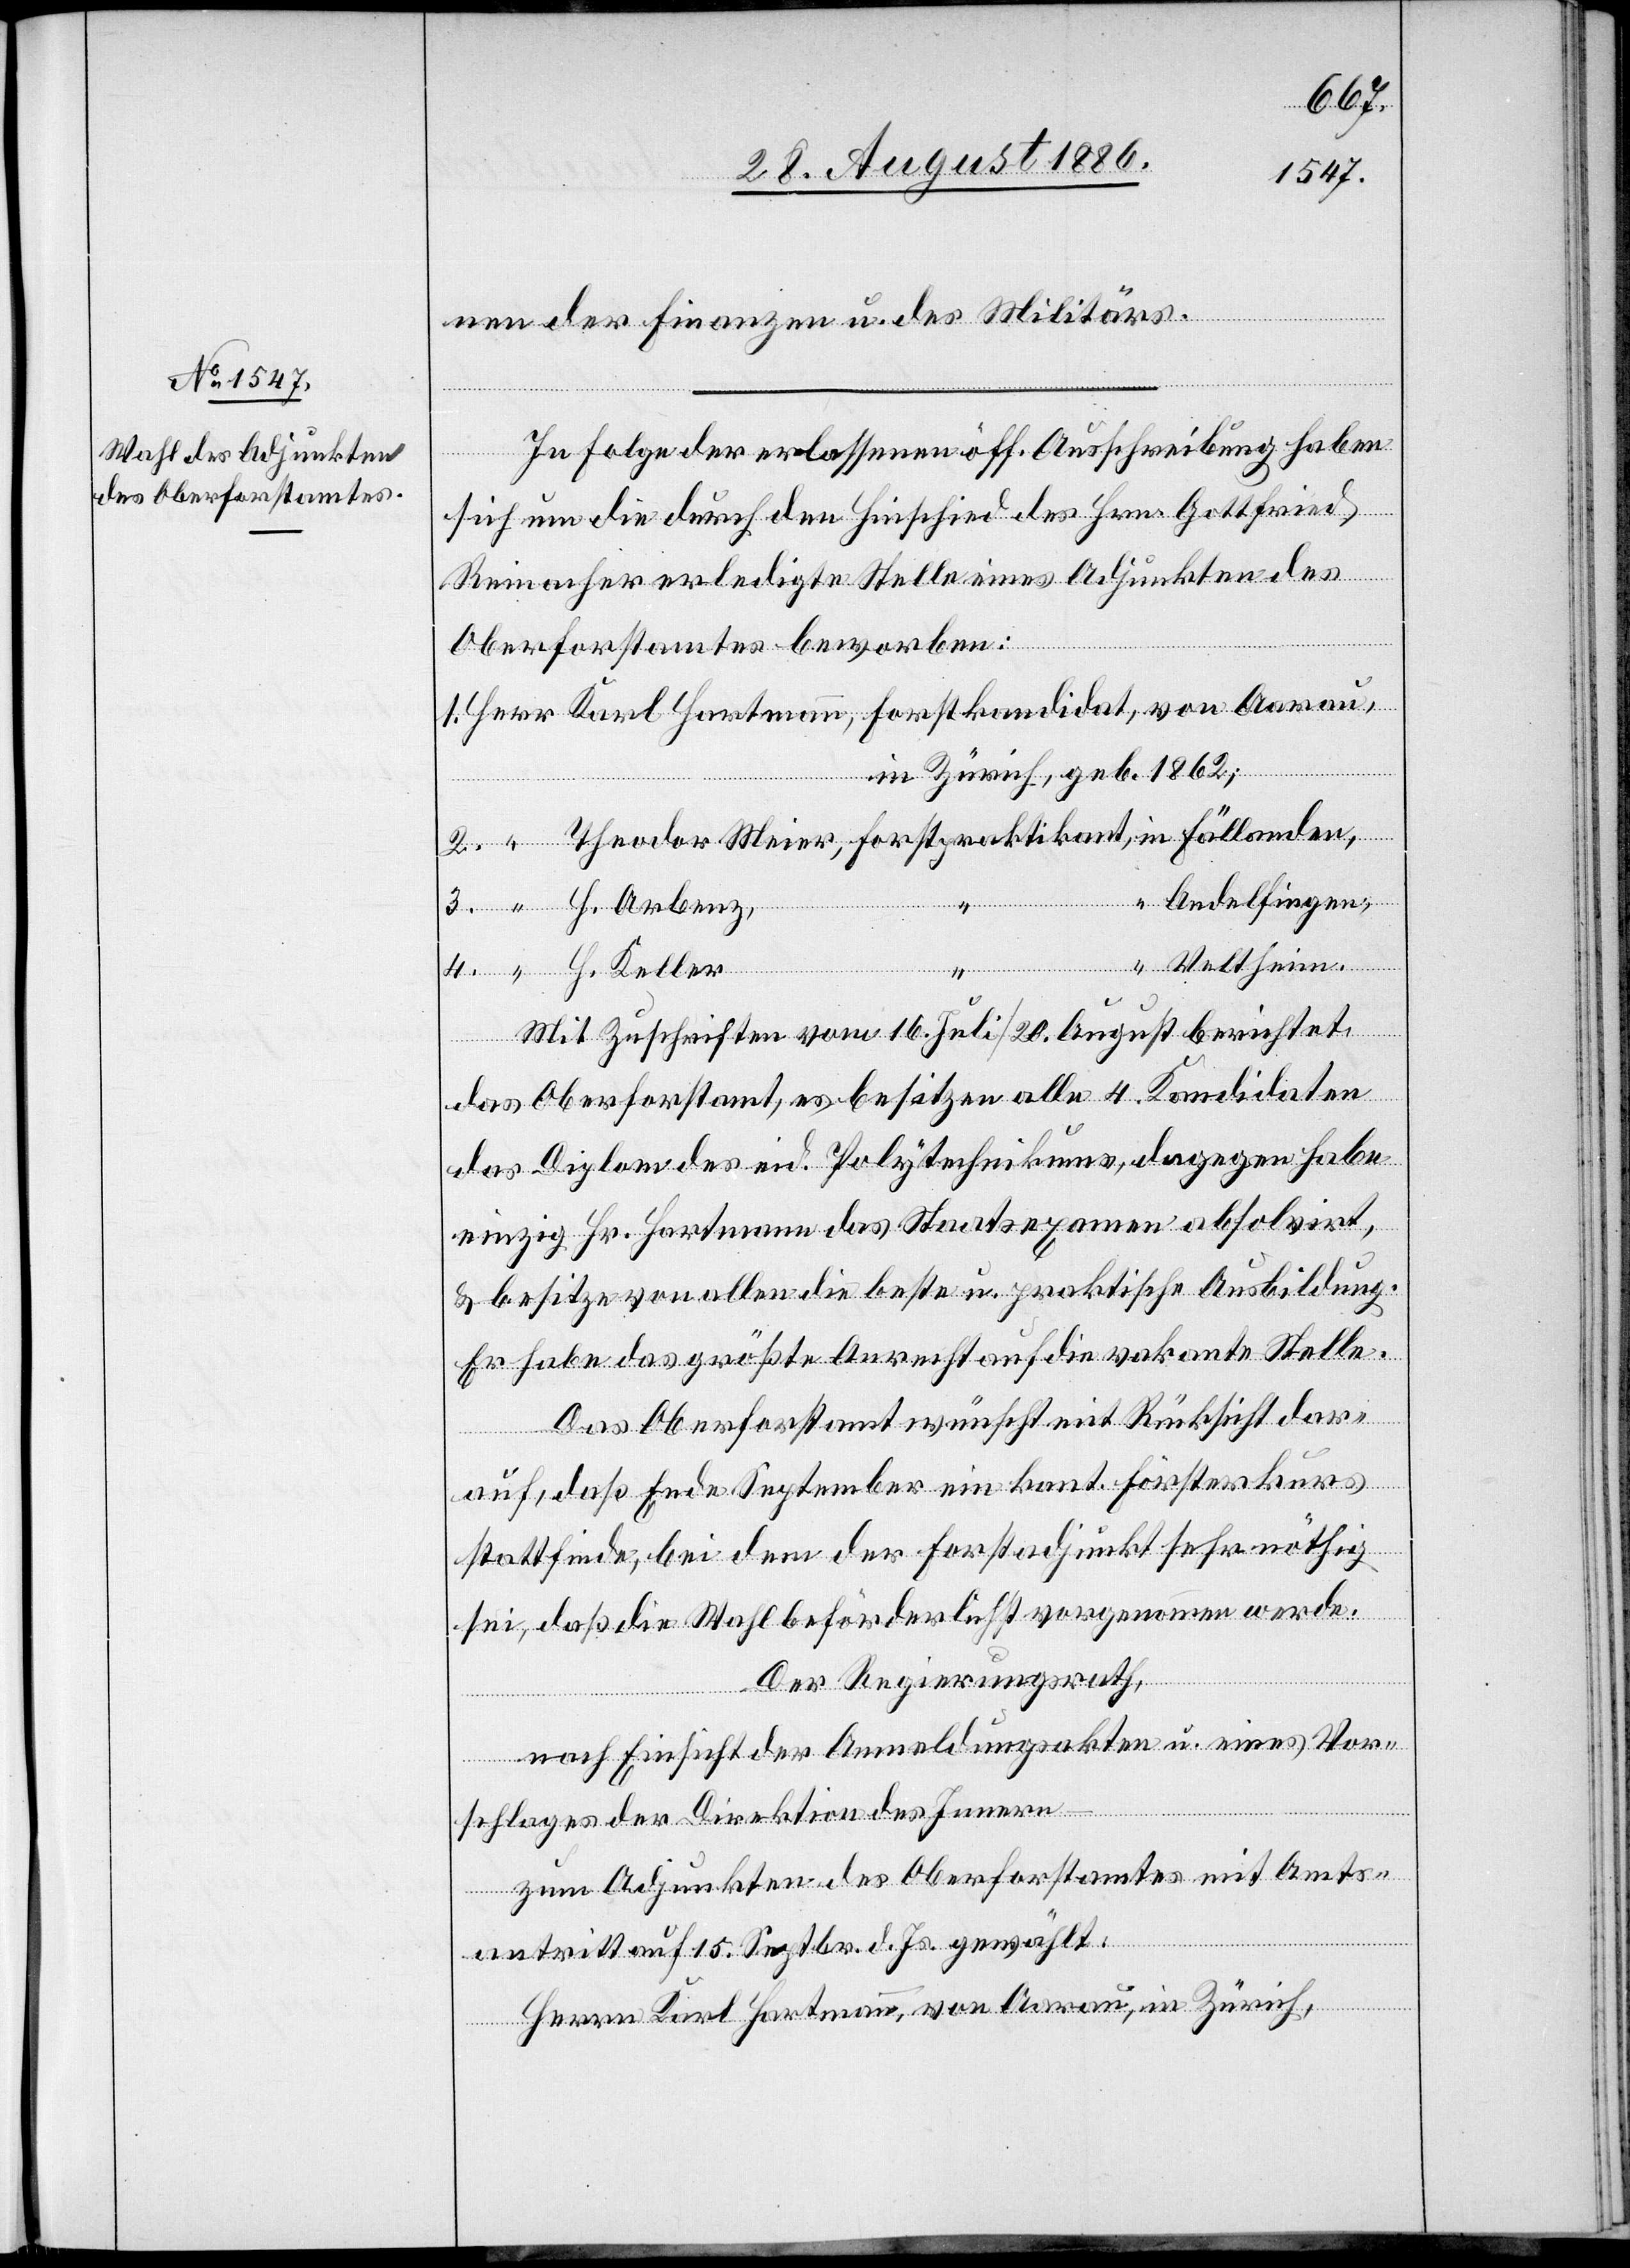
nen der Finanzen und des Militärs.
In Folge der erlassenen öff. Ausschreibung haben
sich um die durch den Hinschied des Hrn. Gottfried
Reinacher erledigte Stelle eines Adjunkten des
Oberforstamtes beworben:
Zürich, geb. 1862;
Andelfingen,
Veltheim.
Meier,
H. Keller
Mit Zuschriften vom 16. Juli/20. August berichtet
Forst¬
das Oberforstamt, es besitzen alle 4. Kandidaten
das Diplom des eid. Polytechnikums, dagegen habe
einzig Hr. Hartmann das Staatsexamen absolvirt,
& besitze von allen die beste u. praktische Ausbildung.
Er habe das größte Anrecht auf die vakante Stelle.
Das Oberforstamt wünscht mit Rücksicht dar¬
in
auf, daß Ende September ein kant. Försterkurs
stattfinde, bei dem der Forstadjunkt sehr nöthig
sei, daß die Wahl beförderlichst vorgenommen werde.
Der Regierungsrath
nach Einsicht der Anmeldungsakten u. eines Vor¬
schlages der Direktion des Innern,
zum Adjunkten des Oberforstamtes mit Amts¬
antritt auf 15. Sept. d. Js. gewählt:
Herrn Karl Hartmann, von Aarau, in Zürich,